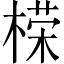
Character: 㮠